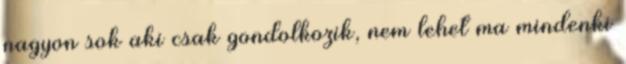
nagyon sok aki csak gondolkozik, nem lehet ma mindenki